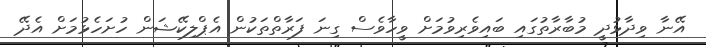
އޭނާ ވިދާޅުދީ މުބާރާތުގައި ބައިވެރިވުމަށް ވީހާވެސް ގިނަ ފަރާތްތަކުން އެޕްލިކޭޝަން ހުށަހެޅުމަށް އެދޭ